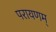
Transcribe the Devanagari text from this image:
परायणम्